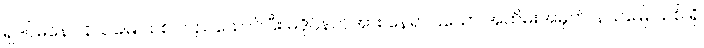
ရှဒပ်မနော နယ်မြေ သစ် တည်ထောင်ပြီး မဒိုင်နတ်အား နေရာပြသော အထိမ်းအမှတ်၊ နယ်မြေ သစ် ရှိ